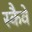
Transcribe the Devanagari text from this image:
स्कैवे